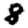
Digit: 8